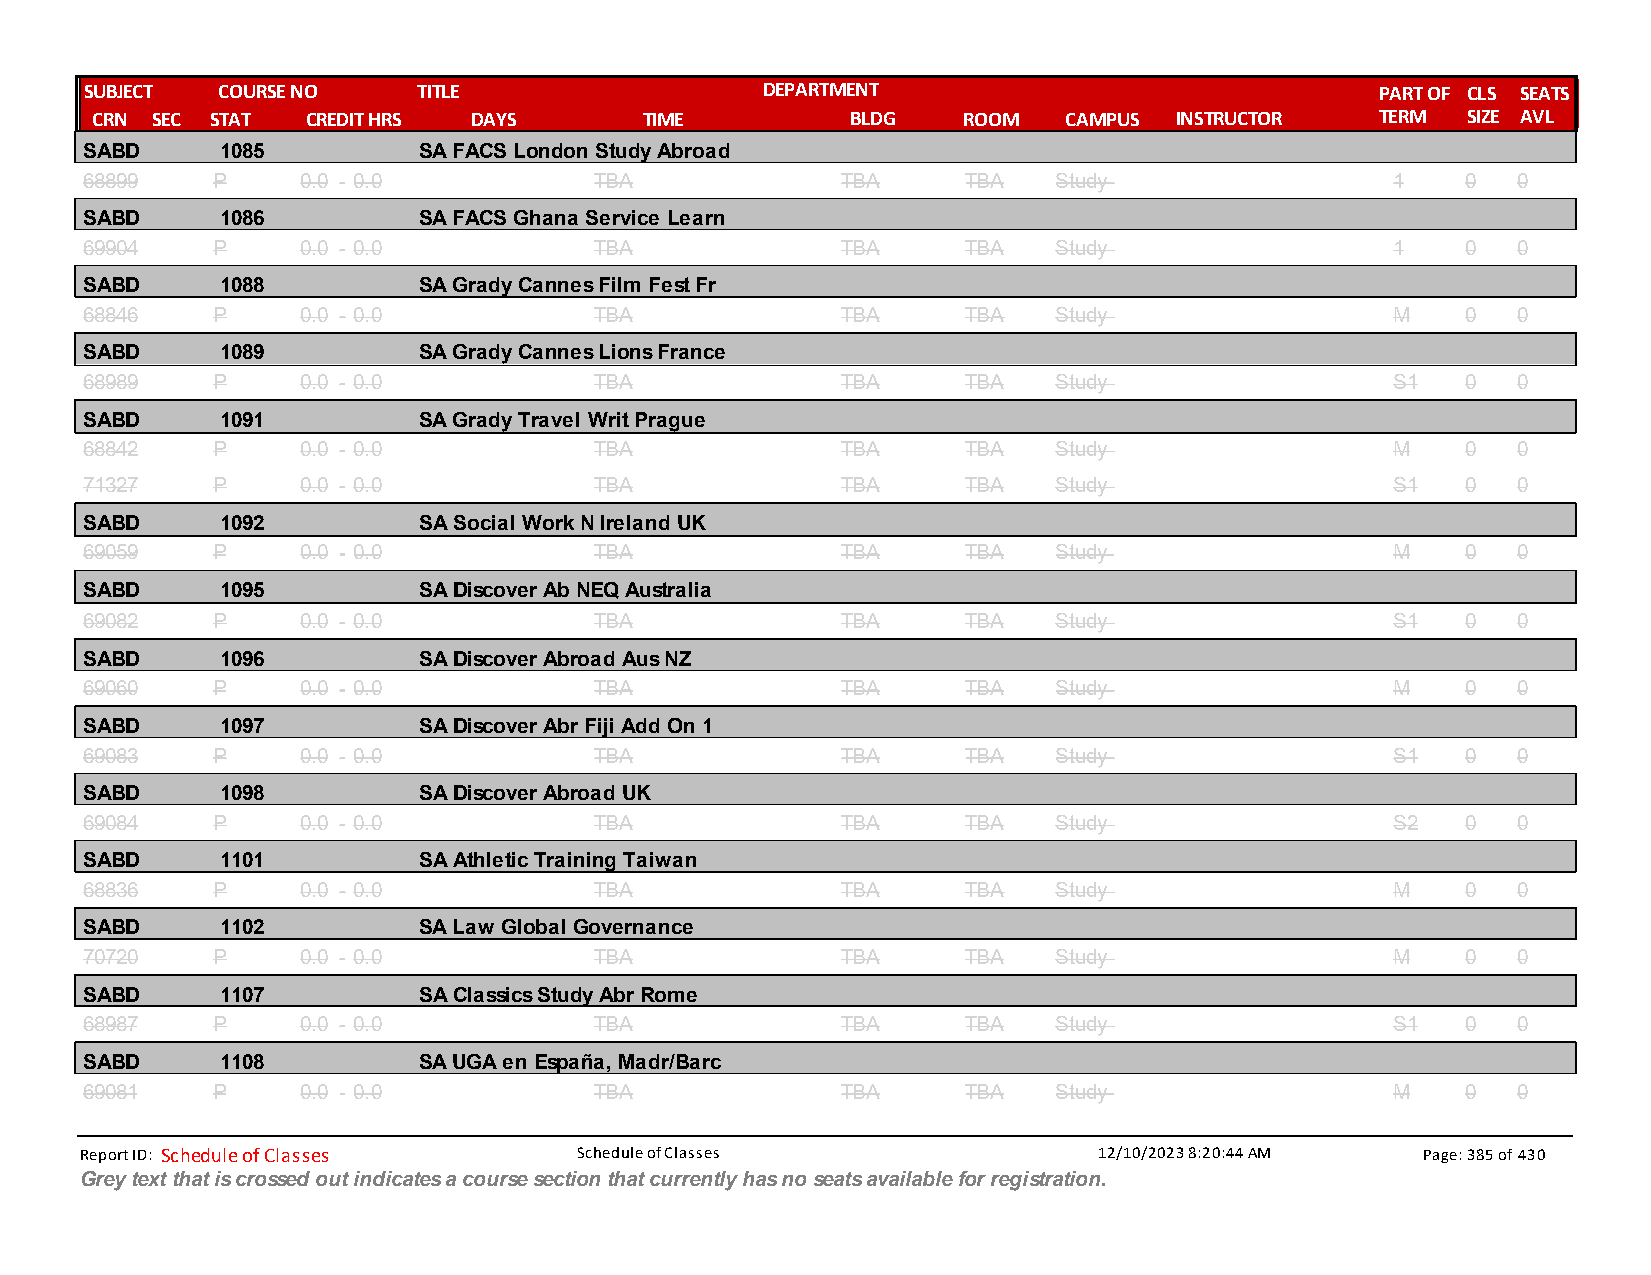
SUBJECT COURSE NO     TITLE                 DEPARTMENT                               PART OF CLS SEATS
 CRN SEC STAT  CREDIT HRS DAYS        TIME         BLDG    ROOM  CAMPUS  INSTRUCTOR   TERM  SIZE AVL
 SABD      1085         SA FACS London Study Abroad
 68899    P     0.0 - 0.0          TBA              TBA     TBA   Study                 1    0  0
 SABD      1086         SA FACS Ghana Service Learn
 69904    P     0.0 - 0.0          TBA              TBA     TBA   Study                 1    0  0
 SABD      1088         SA Grady Cannes Film Fest Fr
 68846    P     0.0 - 0.0          TBA              TBA     TBA   Study                 M    0  0
 SABD      1089         SA Grady Cannes Lions France
 68989    P     0.0 - 0.0          TBA              TBA     TBA   Study                 S1   0  0
 SABD      1091         SA Grady Travel Writ Prague
 68842    P     0.0 - 0.0          TBA              TBA     TBA   Study                 M    0  0
 71327    P     0.0 - 0.0          TBA              TBA     TBA   Study                 S1   0  0
 SABD      1092         SA Social Work N Ireland UK
 69059    P     0.0 - 0.0          TBA              TBA     TBA   Study                 M    0  0
 SABD      1095         SA Discover Ab NEQ Australia
 69082    P     0.0 - 0.0          TBA              TBA     TBA   Study                 S1   0  0
 SABD      1096         SA Discover Abroad Aus NZ
 69060    P     0.0 - 0.0          TBA              TBA     TBA   Study                 M    0  0
 SABD      1097         SA Discover Abr Fiji Add On 1
 69083    P     0.0 - 0.0          TBA              TBA     TBA   Study                 S1   0  0
 SABD      1098         SA Discover Abroad UK
 69084    P     0.0 - 0.0          TBA              TBA     TBA   Study                 S2   0  0
 SABD      1101         SA Athletic Training Taiwan
 68836    P     0.0 - 0.0          TBA              TBA     TBA   Study                 M    0  0
 SABD      1102         SA Law Global Governance
 70720    P     0.0 - 0.0          TBA              TBA     TBA   Study                 M    0  0
 SABD      1107         SA Classics Study Abr Rome
 68987    P     0.0 - 0.0          TBA              TBA     TBA   Study                 S1   0  0
 SABD      1108         SA UGA en España, Madr/Barc
 69081    P     0.0 - 0.0          TBA              TBA     TBA   Study                 M    0  0
 Report ID: Schedule of Classes   Schedule of Classes                12/10/2023 8:20:44 AM Page: 385 of 430
 Grey text that is crossed out indicates a course section that currently has no seats available for registration.